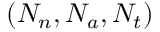
( N _ { n } , N _ { a } , N _ { t } )